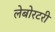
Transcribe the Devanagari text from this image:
लेबोरटरी